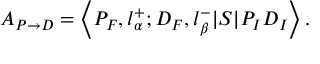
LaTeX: A _ { P \rightarrow D } = \left\langle P _ { F } , l _ { \alpha } ^ { + } ; D _ { F } , l _ { \beta } ^ { - } | S | P _ { I } D _ { I } \right\rangle .